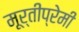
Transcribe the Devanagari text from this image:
मूर्तीप्रेमी